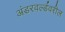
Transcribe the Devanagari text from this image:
अंडरवर्ल्डवरील